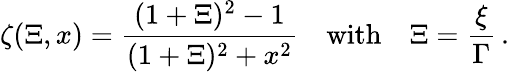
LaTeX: \zeta(\Xi,x)=\frac{(1+\Xi)^{2}-1}{(1+\Xi)^{2}+x^{2}}\quad\mathrm{with}\quad\Xi=\frac{\xi}{\Gamma}\, .